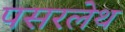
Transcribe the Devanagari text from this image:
पसरलेथ